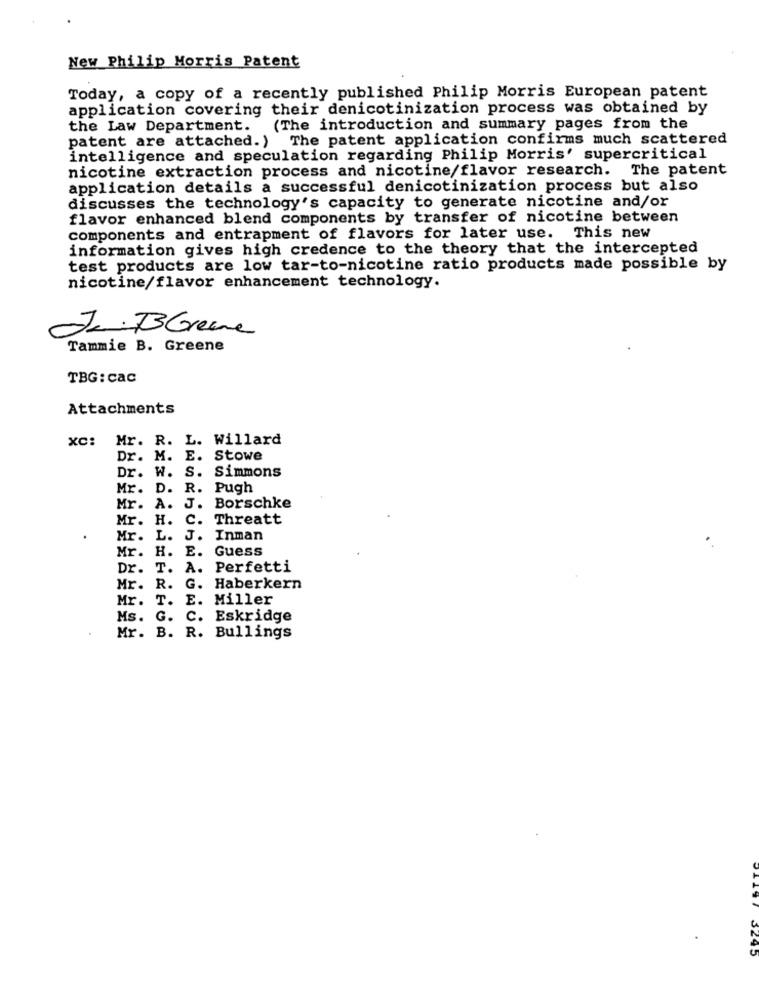
New Philip Morris Patent
Today, a copy of a recently published Philip Morris European patent
application covering their denicotinization process was obtained by
the Law Department.
(The introduction and summary pages from the
patent are attached.) The patent application confirms much scattered
intelligence and speculation regarding Philip Morris' supercritical
nicotine extraction process and nicotine/flavor research. The patent
application details a successful denicotinization process but also
discusses the technology's capacity to generate nicotine and/or
flavor enhanced blend components by transfer of nicotine between
components and entrapment of flavors for later use. This new
information gives high credence to the theory that the intercepted
test products are low tar-to-nicotine ratio products made possible by
nicotine/flavor enhancement technology.
Je B Greene
Tammie B. Greene
TBG: cac
Attachments
XC:
Mr. R.
L. Willard
Dr. M.
E. Stowe
Dr. W.
S. Simmons
Mr. D.
R.
Pugh
Mr. A. J. Borschke
Mr. H.
C. Threatt
Mr.
L.
J. Inman
Mr. H.
E. Guess
Dr. T.
A. Perfetti
Mr. R. G. Haberkern
Mr.
T. E. Miller
Ms. G.
C. Eskridge
Mr. B. R. Bullings